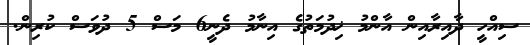
ސިއްހީ ދާއިރާއިން އާންމު ޚިދުމަތުގެ އިނާމު ދެނީ6 މަސް 5 ދުވަސް ކުރިން.